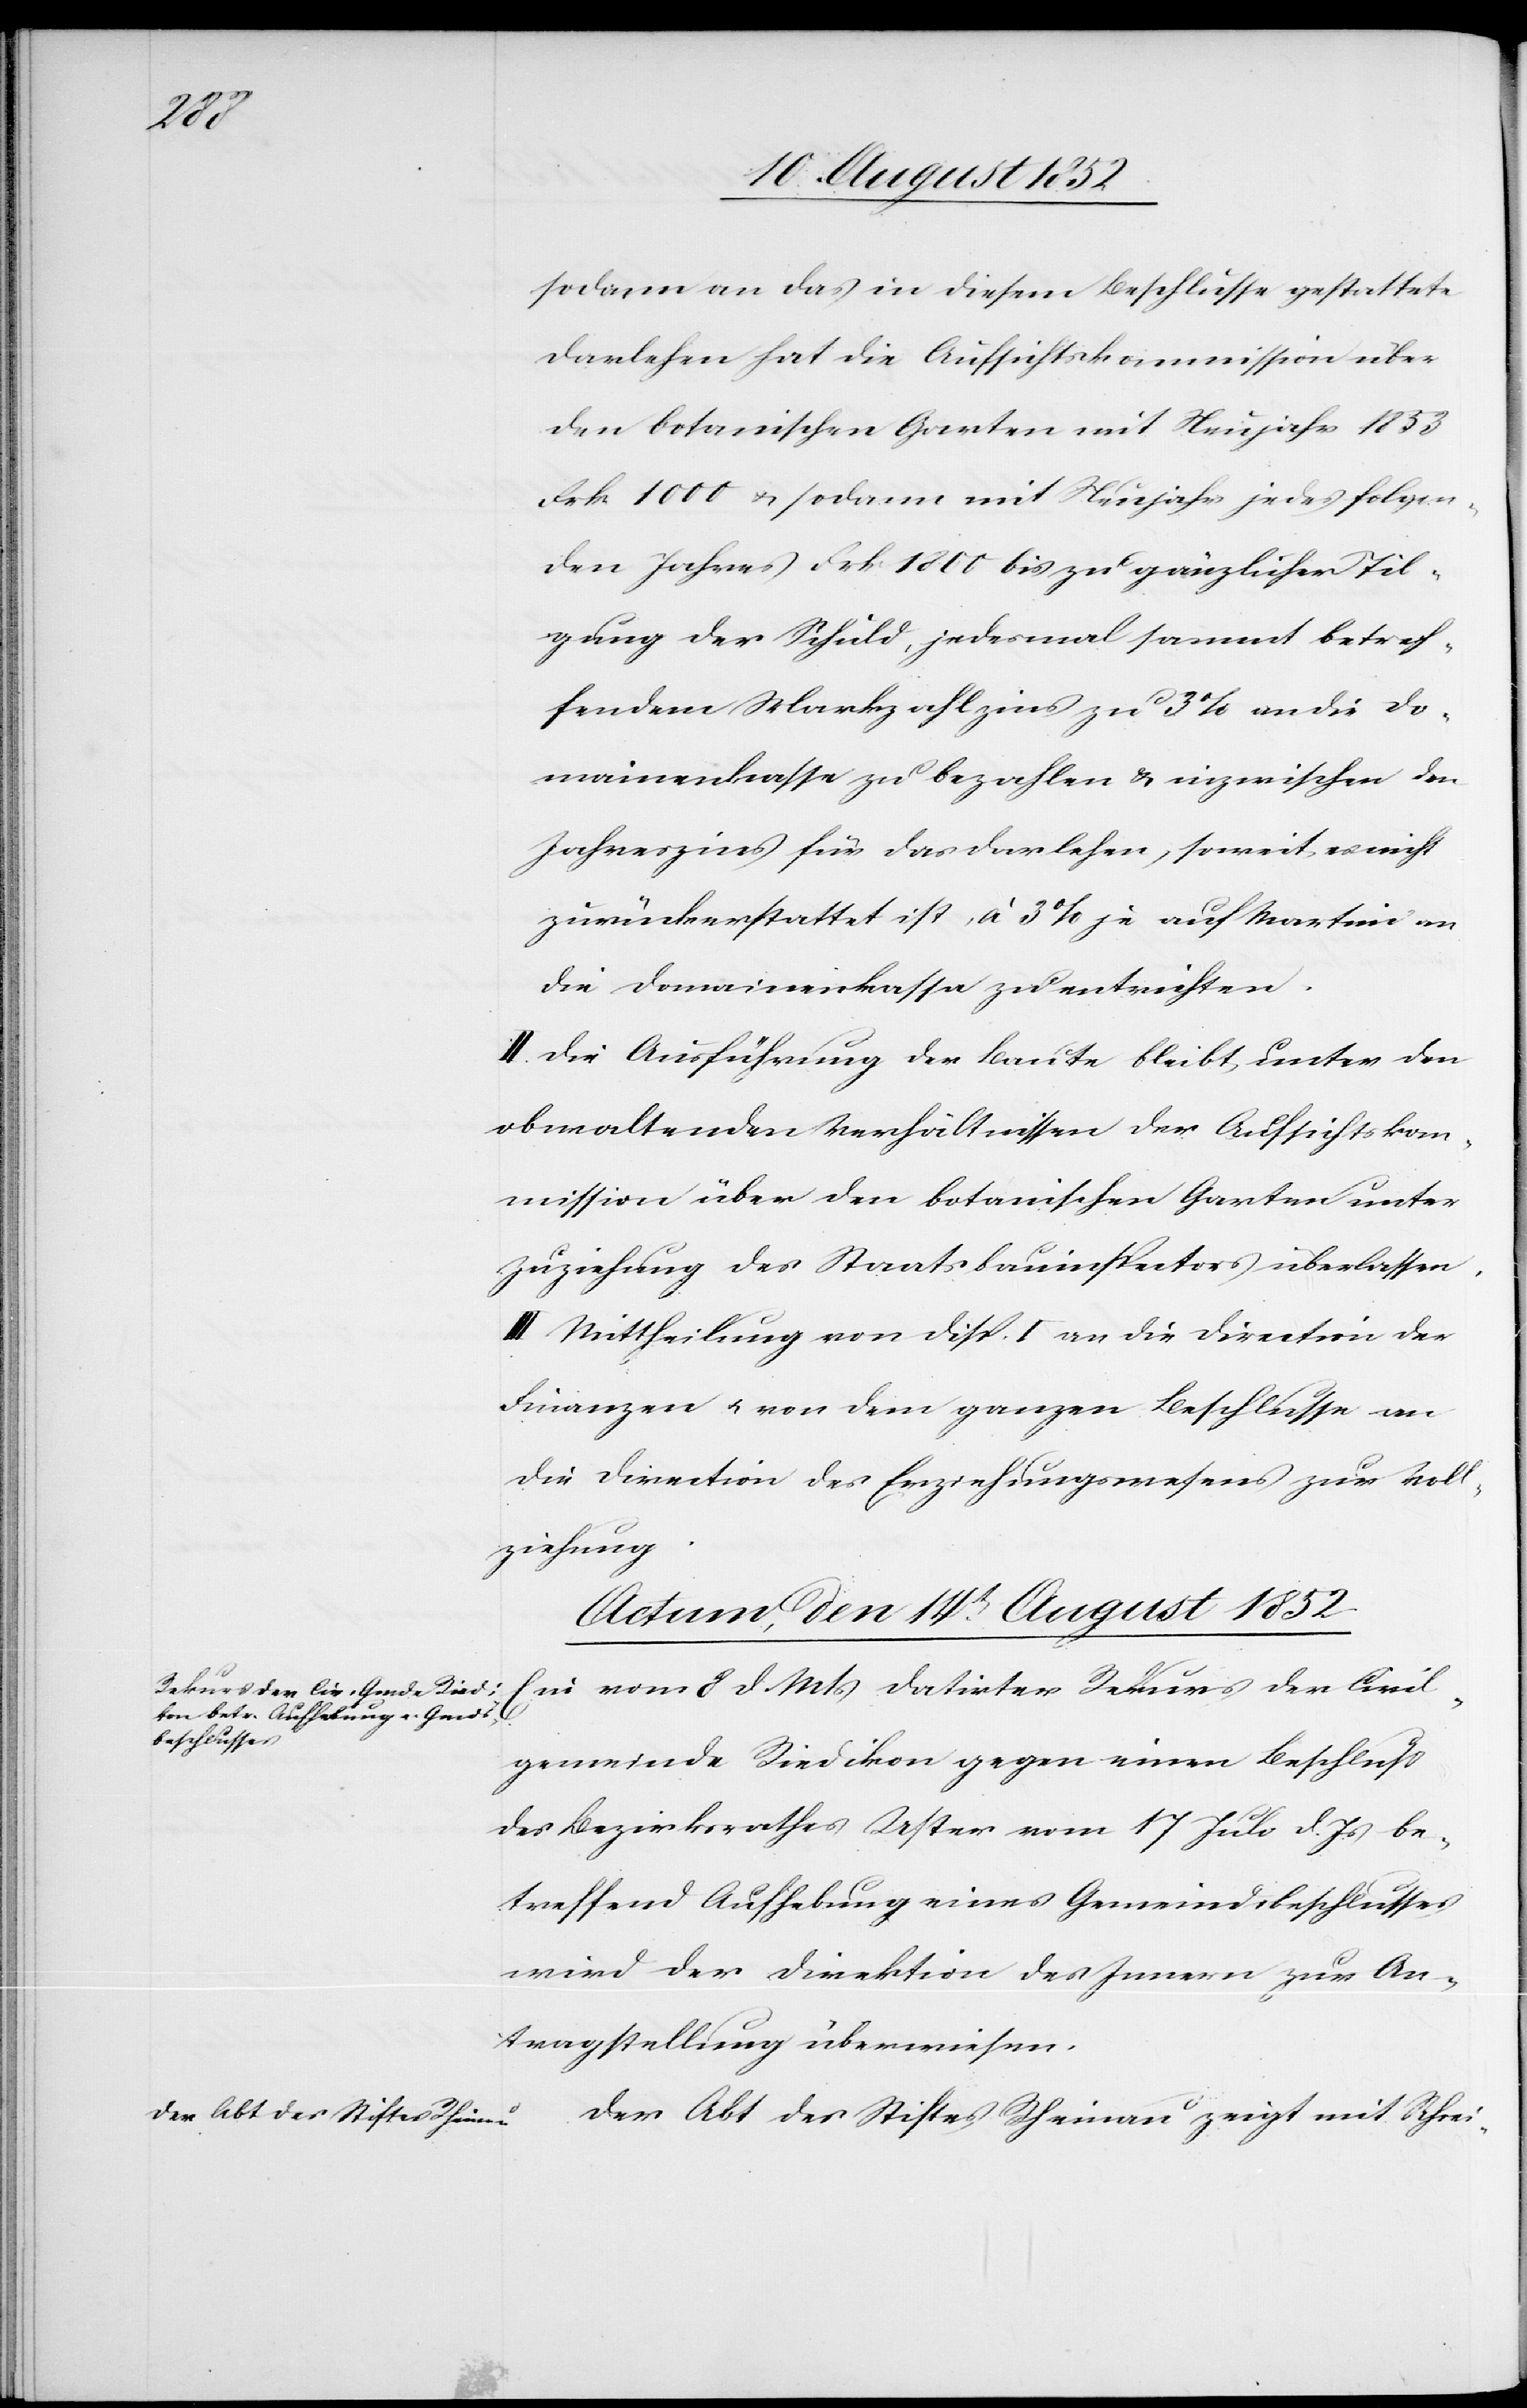
sodann an das in diesem Beschlusse gestattete
Darlehen hat die Aufsichtskommission über
den botanischen Garten mit Neujahr 1853
Frk. 1000 & sodann mit Neujahr jedes folgen¬
den Jahres Frk 1800 bis zu gänzlicher Til¬
gung der Schuld, jedesmal sammt betref¬
fendem Markzahlzins zu 3% an die Do¬
mainenkasse zu bezahlen & inzwischen den
Jahreszins für das Darlehen, soweit es nicht
zurückerstattet ist, à 3% je auf Martini an
die Domainenkassa zu entrichten.
II. Die Ausführung der Baute bleibt unter den
obwaltenden Verhältnissen der Aufsichtskom¬
mission über den botanischen Garten unter
Zuziehung des Staatsbauinspectors überlassen.
III Mittheilung von Disp. I an die Direction der
Finanzen & von dem ganzen Beschlusse an
die Direction des Erziehungswesens zur Voll¬
ziehung.
Actum, den 14t. August 1852]
Ein vom 8 d. Mts datirter Rekurs der Civil¬
gemeinde Riedikon gegen einen Beschluss
des Bezirksrathes Uster vom 17 Juli d. Js be¬
treffend Aufhebung eines Gemeindsbeschlusses
wird der Direktion des Innern zur An¬
tragstellung überwiesen.
Der Abt des Stiftes Rheinau zeigt mit Schrei-